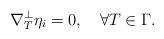
LaTeX: \begin{align*} \nabla^\perp_T\eta_i=0,\quad\forall T\in\Gamma.\end{align*}